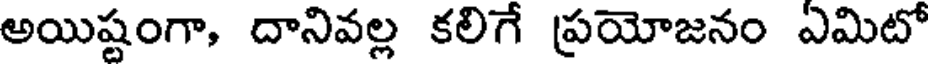
అయిష్టంగా, దానివల్ల కలిగే ప్రయోజనం ఎమిటో